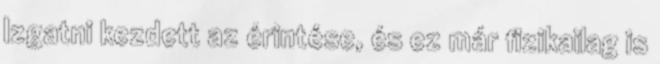
Izgatni kezdett az érintése, és ez már fizikailag is